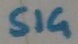
Text: SIG